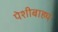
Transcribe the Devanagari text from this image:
पेशीबाह्य